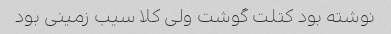
نوشته بود کتلت گوشت ولی کلا سیب زمینی بود